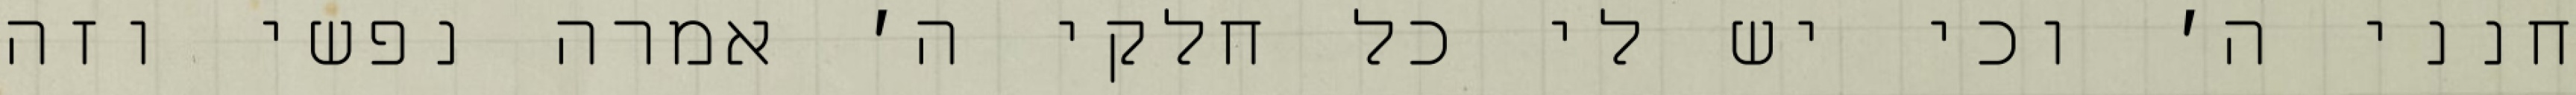
חנני ה׳ וכי יש לי כל חלקי ה׳ אמרה נפשי וזה